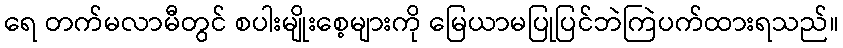
ရေ တက်မလာမီတွင် စပါးမျိုးစေ့များကို မြေယာမပြုပြင်ဘဲကြဲပက်ထားရသည်။